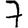
Digit: 7